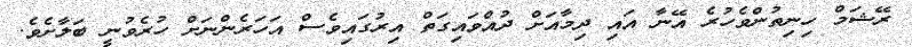
ރޭޝަމް ހިނިތުންވެހުރެ އޭނާ އައި ދިމާއަށް ދުއްވައިގަތް އިރުގައިވެސް އަހަރެންނަށް ހުރެވުނީ ބަލާށެވެ.